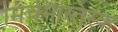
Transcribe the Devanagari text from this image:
मिर्चमस्तिस्क